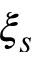
\xi _ { s }